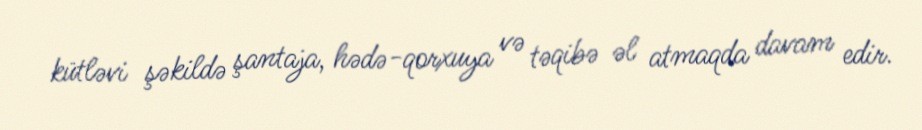
kütləvi şəkildə şantaja, hədə-qorxuya və təqibə əl atmaqda davam edir.